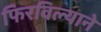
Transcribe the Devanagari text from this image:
फिरविल्याने